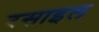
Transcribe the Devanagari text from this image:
रसाइल